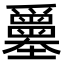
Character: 𡔅